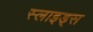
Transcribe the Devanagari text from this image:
स्‍लाइड्स